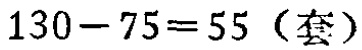
\(130 - 75 = 55\)（套）